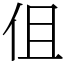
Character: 伹